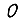
Digit: 0